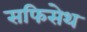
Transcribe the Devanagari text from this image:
सफिसेथ